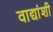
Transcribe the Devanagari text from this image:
वाद्यांशी